King Institute of Preventive Medicine Micro-Biological Section reports 1912-19
Year: 1912
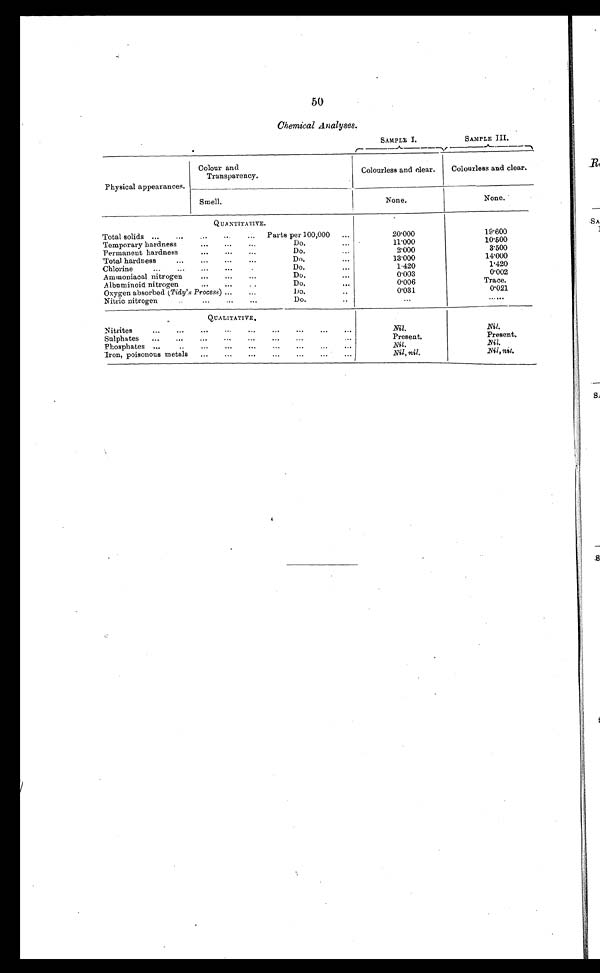
50
Chemical A nalyses.
SAMPLE I.
SAMPLE I I I .
Physical appearances.
Colour and
Transparency.
Colourless and clear.
Colourless and clear.
S m e l l .
N o n e .
None.
Q U A N T I T A T I V E .
Total solids ...
...
...
...
Parts per 100,000
...
20.000
19.600
Temporary hardness
...
...
...
Do.
...
11.000
10.500
Permanent hardness
...
...
...
Do.
...
2.000
3.500
Total hardness
...
...
...
...
D o .
13.000
14.000
Chlorine
...
...
...
...
Do.
...
1.420
1.420
Ammoniacal nitrogen
...
...
...
Do.
•
0.003
0.002
Albuminoid nitrogen
...
...
.
Do.
"'
0.006
Trace.
Oxygen absorbed (Tidy's Process) ...
...
Do .
0.031
0.021
Nitric nitrogen
.
.
• .
Do.
..
. . .
......
Q U A L I T A T I V E .
Nitrites
...
...
...
...
...
...
...
...
...
Nil.
Nil.
Sulphates
...
...
...
...
...
...
...
...
Present.
Present.
Phosphates ...
..
...
...
...
...
...
...
...
Nil.
N i l .
Iron, poisonous metals
...
...
...
...
...
...
...
Nil, nil.
Nil, nil.